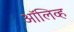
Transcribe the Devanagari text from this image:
अाॅलिव्ह